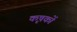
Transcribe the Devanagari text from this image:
कृषकाें